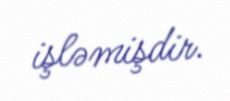
işləmişdir.